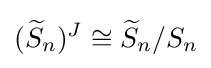
({\widetilde {S}}_{n})^{J}\cong {\widetilde {S}}_{n}/S_{n}